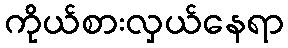
ကိုယ်စားလှယ်နေရာ